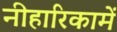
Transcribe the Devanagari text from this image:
नीहारिकामें